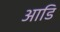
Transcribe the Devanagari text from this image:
आडि